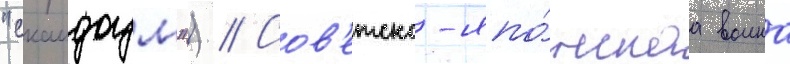
"скаидоум") // Сов'етско-япо́нскаа воина